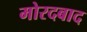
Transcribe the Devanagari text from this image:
मोरदबाद